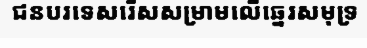
ជនបរទេសរើសសម្រាមលើឆ្នេរសមុទ្រ